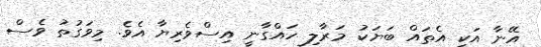
އޭނާ އަކީ އެތައް ބަޔަކު މަރާލި ހައްގާނީ އިސްވެރިޔާ އެވެ. މިވަގުތު ވެސް